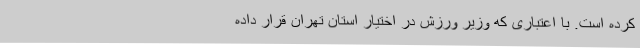
کرده است. با اعتباری که وزیر ورزش در اختیار استان تهران قرار داده